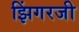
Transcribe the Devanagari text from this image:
झिंगरजी